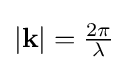
|\mathbf {k} |={\tfrac {2\pi }{\lambda }}